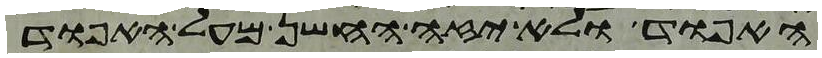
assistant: האפוד ולא יזה החשן מעל האפוד